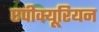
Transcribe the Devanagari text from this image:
एपीक्यूरियन